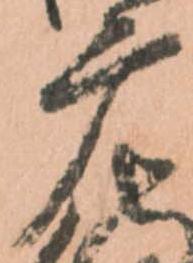
广